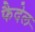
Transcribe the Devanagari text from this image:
फैदेल